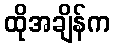
ထိုအချိန်က